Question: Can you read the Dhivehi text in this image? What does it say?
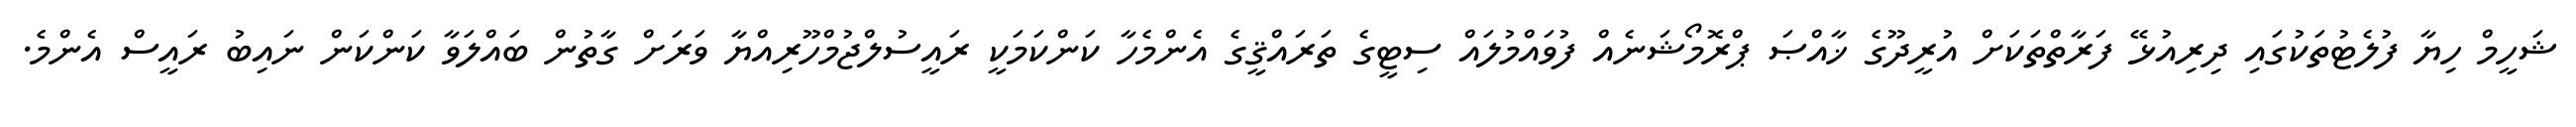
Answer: ޝަހީމް ހިޔާ ފުލެޓުތަކުގައި ދިރިއުޅޭ ފަރާތްތަކަށް އުރީދޫގެ ޚާއްޞަ ޕްރޮމޯޝަނެއް ފުވައްމުލައް ސިޓީގެ ތަރައްޤީގެ އެންމެހާ ކަންކަމަކީ ރައީސުލްޖުމްހޫރިއްޔާ ވަރަށް ގާތުން ބައްލަވާ ކަންކަން ނައިބު ރައީސް އެންމެ.